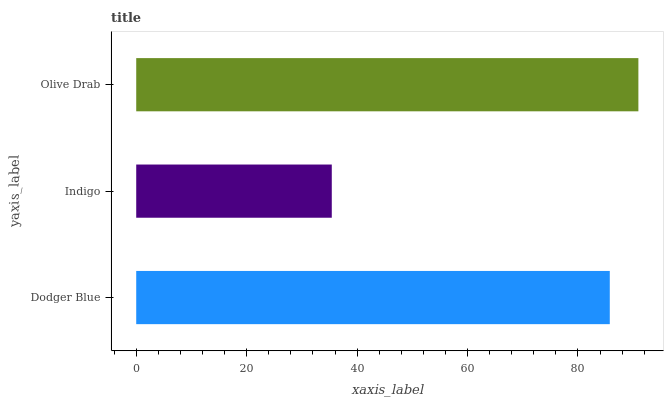
| yaxis_label | bars |
 | --- | --- |
 | Dodger Blue | 85.8 |
 | Indigo | 35.4 |
 | Olive Drab | 90.9 |